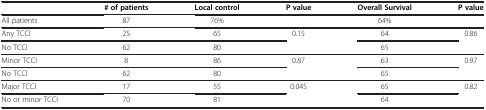
<table><thead><tr><td><b> </b></td><td><b># of patients</b></td><td><b>Local control</b></td><td><b>P value</b></td><td><b>Overall Survival</b></td><td><b>P value</b></td></tr></thead><tbody><tr><td>All patients</td><td>87</td><td>76%</td><td> </td><td>64%</td><td> </td></tr><tr><td>Any TCCI</td><td>25</td><td>65</td><td>0.15</td><td>64</td><td>0.86</td></tr><tr><td>No TCCI</td><td>62</td><td>80</td><td> </td><td>65</td><td> </td></tr><tr><td>Minor TCCI</td><td>8</td><td>86</td><td>0.87</td><td>63</td><td>0.97</td></tr><tr><td>No TCCI</td><td>62</td><td>80</td><td> </td><td>65</td><td> </td></tr><tr><td>Major TCCI</td><td>17</td><td>55</td><td>0.045</td><td>65</td><td>0.82</td></tr><tr><td>No or minor TCCI</td><td>70</td><td>81</td><td> </td><td>64</td><td> </td></tr></tbody></table>